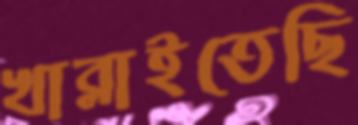
খাব্‌লাইতেছি